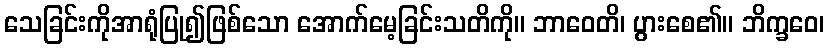
သေခြင်းကိုအာရုံပြု၍ဖြစ်သော အောက်မေ့ခြင်းသတိကို။ ဘာဝေတိ၊ ပွားစေ၏။ ဘိက္ခဝေ၊